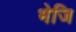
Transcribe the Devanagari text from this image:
भेजि